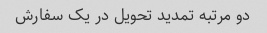
دو مرتبه تمدید تحویل در یک سفارش